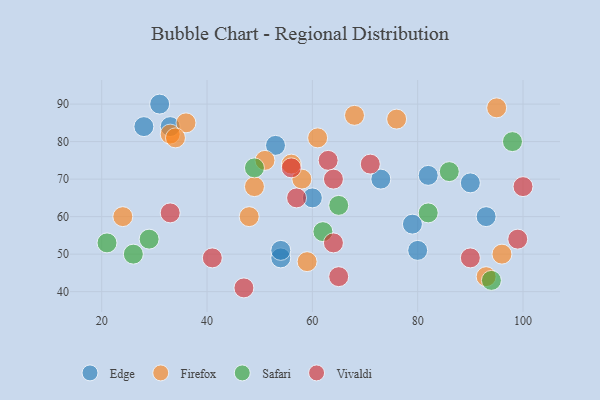
{"axis": {"x": "GDP", "y": "Life Expectancy"}, "legend": ["Edge", "Firefox", "Safari", "Vivaldi"], "data": [{"x": "54", "y": 49, "type": "Edge"}, {"x": "54", "y": 51, "type": "Edge"}, {"x": "53", "y": 79, "type": "Edge"}, {"x": "31", "y": 90, "type": "Edge"}, {"x": "93", "y": 60, "type": "Edge"}, {"x": "79", "y": 58, "type": "Edge"}, {"x": "73", "y": 70, "type": "Edge"}, {"x": "90", "y": 69, "type": "Edge"}, {"x": "82", "y": 71, "type": "Edge"}, {"x": "28", "y": 84, "type": "Edge"}, {"x": "60", "y": 65, "type": "Edge"}, {"x": "33", "y": 84, "type": "Edge"}, {"x": "80", "y": 51, "type": "Edge"}, {"x": "51", "y": 75, "type": "Firefox"}, {"x": "33", "y": 82, "type": "Firefox"}, {"x": "36", "y": 85, "type": "Firefox"}, {"x": "59", "y": 48, "type": "Firefox"}, {"x": "68", "y": 87, "type": "Firefox"}, {"x": "48", "y": 60, "type": "Firefox"}, {"x": "93", "y": 44, "type": "Firefox"}, {"x": "34", "y": 81, "type": "Firefox"}, {"x": "61", "y": 81, "type": "Firefox"}, {"x": "49", "y": 68, "type": "Firefox"}, {"x": "58", "y": 70, "type": "Firefox"}, {"x": "24", "y": 60, "type": "Firefox"}, {"x": "95", "y": 89, "type": "Firefox"}, {"x": "76", "y": 86, "type": "Firefox"}, {"x": "56", "y": 74, "type": "Firefox"}, {"x": "96", "y": 50, "type": "Firefox"}, {"x": "98", "y": 80, "type": "Safari"}, {"x": "62", "y": 56, "type": "Safari"}, {"x": "82", "y": 61, "type": "Safari"}, {"x": "26", "y": 50, "type": "Safari"}, {"x": "29", "y": 54, "type": "Safari"}, {"x": "86", "y": 72, "type": "Safari"}, {"x": "49", "y": 73, "type": "Safari"}, {"x": "21", "y": 53, "type": "Safari"}, {"x": "65", "y": 63, "type": "Safari"}, {"x": "94", "y": 43, "type": "Safari"}, {"x": "47", "y": 41, "type": "Vivaldi"}, {"x": "63", "y": 75, "type": "Vivaldi"}, {"x": "100", "y": 68, "type": "Vivaldi"}, {"x": "90", "y": 49, "type": "Vivaldi"}, {"x": "71", "y": 74, "type": "Vivaldi"}, {"x": "64", "y": 70, "type": "Vivaldi"}, {"x": "41", "y": 49, "type": "Vivaldi"}, {"x": "64", "y": 53, "type": "Vivaldi"}, {"x": "57", "y": 65, "type": "Vivaldi"}, {"x": "65", "y": 44, "type": "Vivaldi"}, {"x": "56", "y": 73, "type": "Vivaldi"}, {"x": "99", "y": 54, "type": "Vivaldi"}, {"x": "33", "y": 61, "type": "Vivaldi"}]}